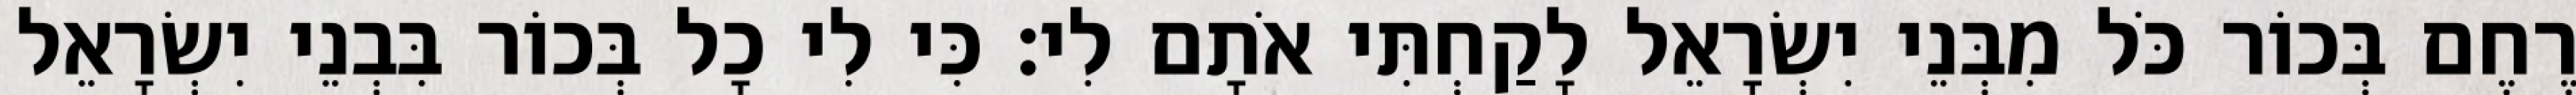
רֶחֶם בְּכוֹר כֹּל מִבְּנֵי יִשְׂרָאֵל לָקַחְתִּי אֹתָם לִי׃ כִּי לִי כָל בְּכוֹר בִּבְנֵי יִשְׂרָאֵל